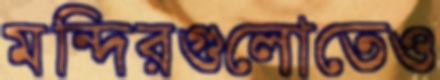
মন্দিরগুলোতেও